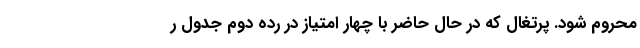
محروم شود. پرتغال که در حال حاضر با چهار امتیاز در رده دوم جدول ر